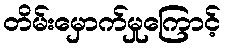
တိမ်းမှောက်မှုကြောင့်